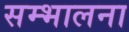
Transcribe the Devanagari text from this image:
सम्भालना